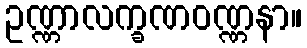
ဥဏ္ဏာလက္ခဏဝဏ္ဏနာ။